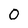
Character: O